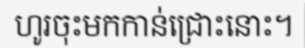
ហូរចុះមកកាន់ជ្រោះនោះ។